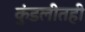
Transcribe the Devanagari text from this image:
कुंडलीतही